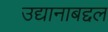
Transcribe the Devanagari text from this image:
उद्यानाबद्दल